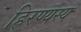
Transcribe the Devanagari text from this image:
हिरण्यस्य